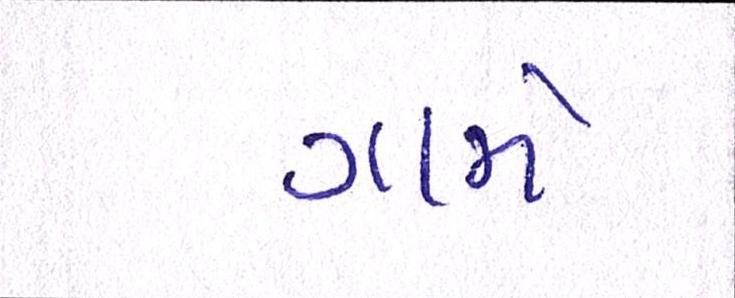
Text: ગામો